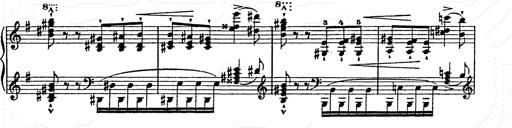
Title: Ab irato
Composer: Franz Liszt